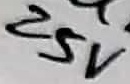
Text: 25V